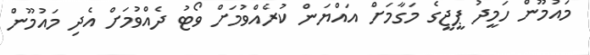
މައުމޫން ހަމީދު ޕީޖީގެ މަގާމަށް އައްޔަން ކުރެއްވުމަށް ވޯޓު ދެއްވުމަށް އެދި މައުމޫން